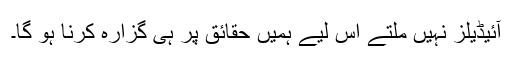
آئیڈیلز نہیں ملتے اس لیے ہمیں حقائق پر ہی گزارہ کرنا ہو گا۔